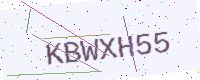
Text: KBWXH55